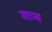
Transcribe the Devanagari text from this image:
मःम